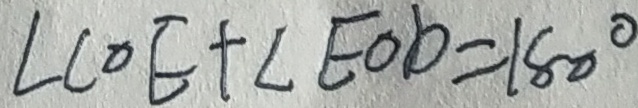
\angle C O E + \angle E O D = 1 8 0 ^ { \circ }